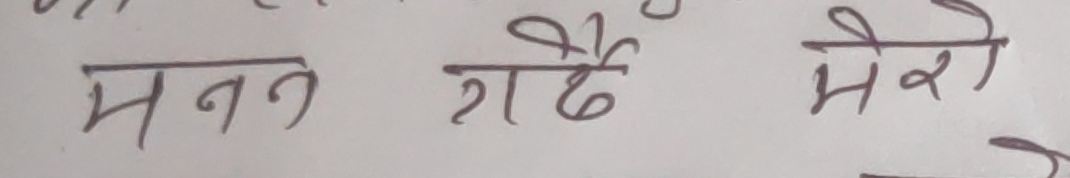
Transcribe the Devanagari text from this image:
मनन गर्दै मेरो